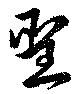
聖